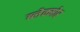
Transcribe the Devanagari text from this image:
ब्लेक्मोर